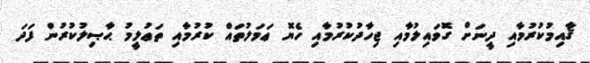
ޤާއިމުކުރުމާއި ދީނަށް ގޮވައިލުމާއި ޖިހާދުކުރުމާއި ހެޔޮ ޢަމަލުތައް ކުރުމާއި ތަޢުލީމު ޙާޞިލުކުރުން ފަދަ